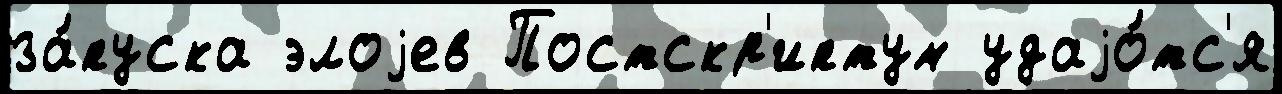
за́пуска элоjев Постскр'иптум удаjо́тс'я